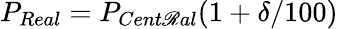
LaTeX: P_{Real}=P_{Cent\mathscr{R}al}(1+\delta/100)